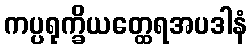
ကပ္ပရုက္ခိယတ္ထေရအပဒါနံ